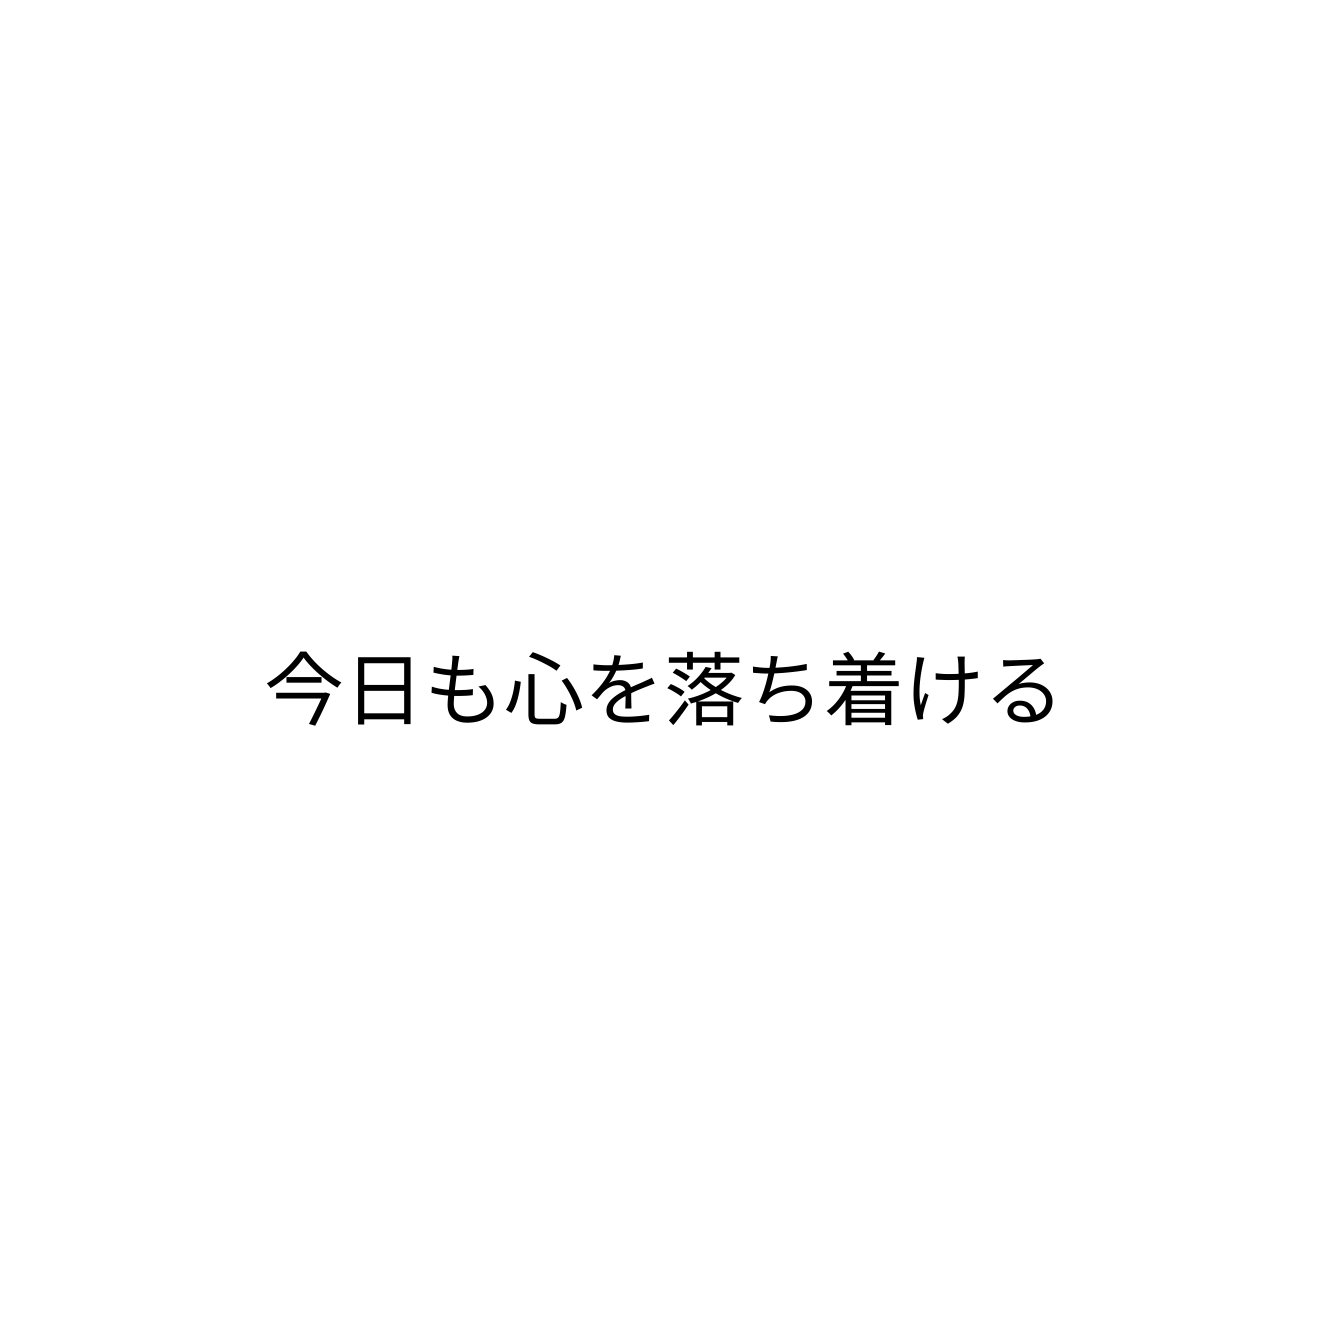
今日も心を落ち着ける